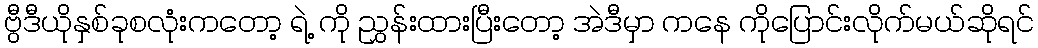
ဗွီဒီယိုနှစ်ခုစလုံးကတော့ ရဲ့ ကို ညွှန်းထားပြီးတော့ အဲဒီမှာ ကနေ ကိုပြောင်းလိုက်မယ်ဆိုရင်